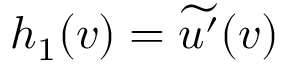
h _ { 1 } ( v ) = \widetilde { u ^ { \prime } } ( v )